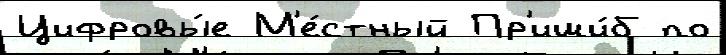
Цифровы́е М'е́стный Пр'иши́б по